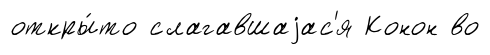
откры́то слагавшаjас'я Конон во